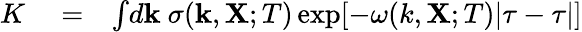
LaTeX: \begin{array}{rlr}{K}&{{}=}&{\int\! d{\textbf{k}}\ \sigma({\textbf{k}},{\textbf{X}};T)\exp[-\omega(k,{\textbf{X}};T)|\tau-\tau|]}\end{array}